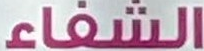
الشفاء